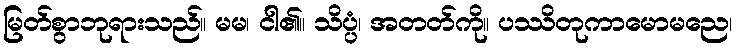
မြတ်စွာဘုရားသည်။ မမ၊ ငါ၏။ သိပ္ပံ၊ အတတ်ကို။ ပဿိတုကာမောမညေ၊